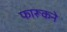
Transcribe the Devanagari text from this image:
फारूकने